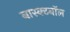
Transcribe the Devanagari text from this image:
बास्क्टबॉल